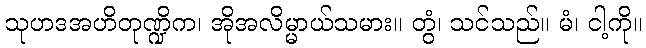
သုဟဒအဟိတုဏ္ဍိက၊ အိုအလိမ္မာယ်သမား။ တွံ၊ သင်သည်။ မံ၊ ငါ့ကို။